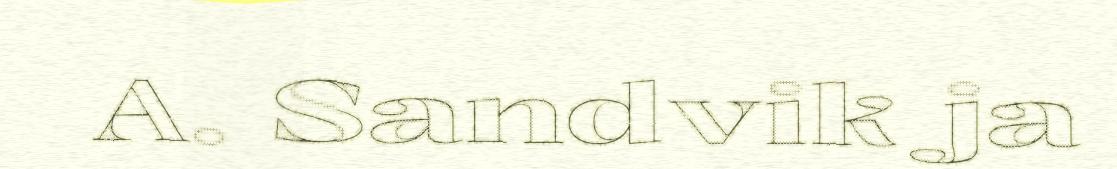
A. Sandvik ja